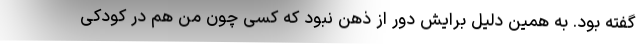
گفته بود. به همین دلیل برایش دور از ذهن نبود که کسی چون من هم در کودکی